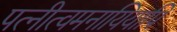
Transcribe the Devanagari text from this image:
पत्नीत्वमनायियापि